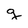
Character: g